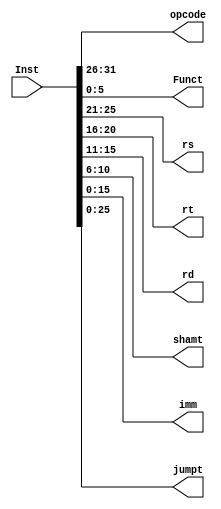
`timescale 1ns / 1ps
//////////////////////////////////////////////////////////////////////////////////
//
//////////////////////////////////////////////////////////////////////////////////


module InstructionDecoder(input [31:0] Inst,
                          output [5:0] opcode, Funct,
                          output [4:0] rs, rt, rd, shamt,
                          output [15:0] imm,
                          output [25:0] jumpt);

assign opcode = Inst[31:26]; // assign opcode to 6 MSB

// assignment for R-type Instructions
assign Funct = Inst[5:0];  // assign funt to 6 LSB
assign shamt = Inst[10:6]; // assign shamt to 5 nest 5 LSB
assign rd = Inst[15:11]; // assign rd to next 5 LSB
assign rt = Inst[20:16]; // assign rt to next 5 LSB
assign rs = Inst[25:21]; // assign rs to next 5 LSB

assign imm = Inst[15:0]; // Assign imm to 16 LSB

assign jumpt = Inst[25:0];
endmodule